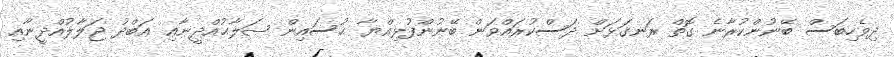
ދިވެހިބަސް ބޭނުންކުރާނެ ގޮތް ރަނގަޅަށް ދަސްކުރައްވަން ބޭނުންފުޅިއްޔާ ޙުސައިން ޞަލާޙުއްދީނާއި ޢަބްދު ޖަލާލުއްދީނާއި